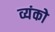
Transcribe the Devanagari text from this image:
व्यंको